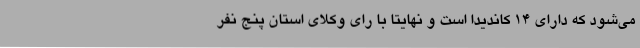
می‌شود که دارای 14 کاندیدا است و نهایتا با رای وکلای استان پنج نفر